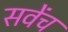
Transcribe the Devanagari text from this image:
सवेंच